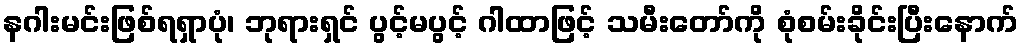
နဂါးမင်းဖြစ်ရရှာပုံ၊ ဘုရားရှင် ပွင့်မပွင့် ဂါထာဖြင့် သမီးတော်ကို စုံစမ်းခိုင်းပြီးနောက်